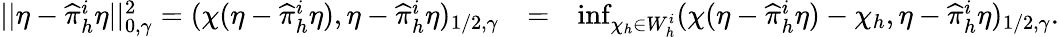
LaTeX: \begin{array}{rlr}{||\eta-\widehat\pi_{h}^{i}\eta||_{0,\gamma}^{2}=(\chi(\eta-\widehat\pi_{h}^{i}\eta),\eta-\widehat\pi_{h}^{i}\eta)_{1/2,\gamma}}&{=}&{\operatorname*{inf}_{\chi_{h}\in W_{h}^{i}}(\chi(\eta-\widehat\pi_{h}^{i}\eta)-\chi_{h},\eta-\widehat\pi_{h}^{i}\eta)_{1/2,\gamma}.}\end{array}